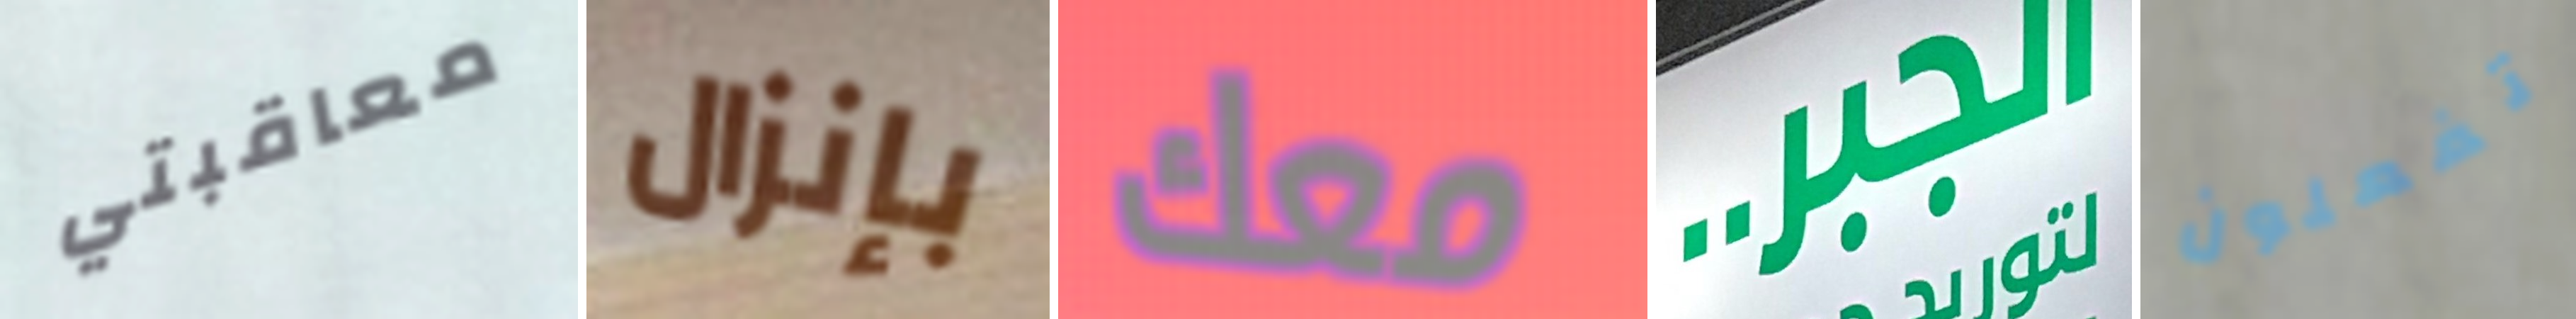
معاقبتي بإنزال معك الجبر.. تفعلون